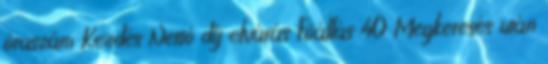
óraszám Kezdés Nettó díj elvárás Fõállás 40 Megkeresés után